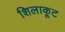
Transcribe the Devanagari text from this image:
शिलाकूट